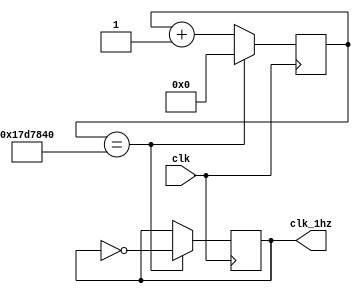
module divider(clk, clk_1hz);//divide the clk
	input clk;
	output reg clk_1hz=0;
	reg[36:0] count_clk=0;
	always@(posedge clk)
	begin
		if(count_clk==25000000) begin
			count_clk<=0;
			clk_1hz=~clk_1hz;
		end
		else
			count_clk=count_clk+1;
	end
	
endmodule